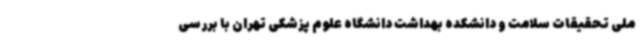
ملی تحقیقات سلامت و دانشکده بهداشت دانشگاه علوم پزشکی تهران با بررسی